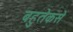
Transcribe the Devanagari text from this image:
बहुतेकसे